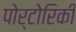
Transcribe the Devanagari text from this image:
पोर्टोरिकी